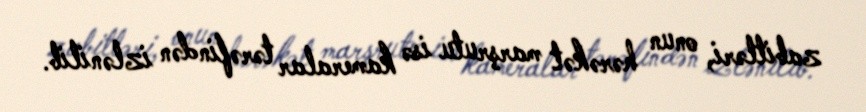
zabitləri, onun hərəkət marşrutu isə kameralar tərəfindən izlənilib.